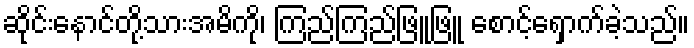
ဆိုင်းနောင်တို့သားအမိကို၊ ကြည်ကြည်ဖြူဖြူ စောင့်ရှောက်ခဲ့သည်။